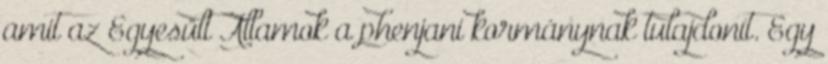
amit az Egyesült Államok a phenjani kormánynak tulajdonít. Egy